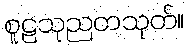
စူဠသုညတသုတ်။